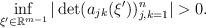
LaTeX: \begin{align*}\inf_{\xi'\in\mathbb R^{m-1}}|\det(a_{jk}(\xi'))_{j,k=1}^n|>0.\end{align*}